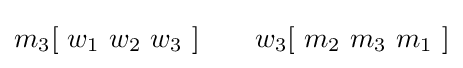
m_{3}[\ w_{1}\ w_{2}\ w_{3}\ ]\ \ \ \ \ \ w_{3}[\ m_{2}\ m_{3}\ m_{1}\ ]